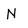
Character: N